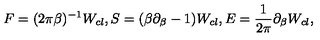
F = ( 2 \pi \beta ) ^ { - 1 } W _ { c l } , S = ( \beta \partial _ { \beta } - 1 ) W _ { c l } , E = { \frac { 1 } { 2 \pi } } \partial _ { \beta } W _ { c l } ,